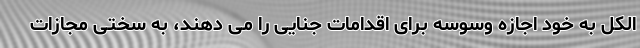
الکل به خود اجازه وسوسه برای اقدامات جنایی را می دهند، به سختی مجازات